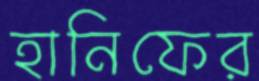
হানিফের